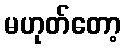
မဟုတ်တော့